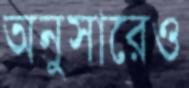
অনুসারেও